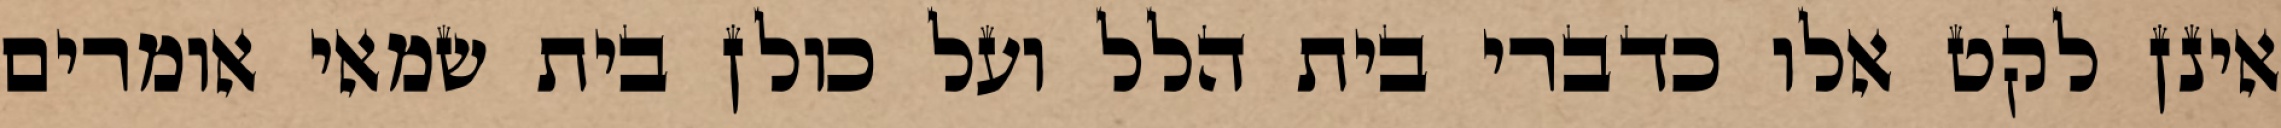
אינן לקט אלו כדברי בית הלל ועל כולן בית שמאי אומרים